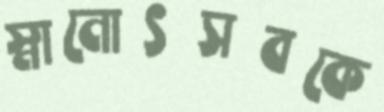
স্নানোৎসবকে